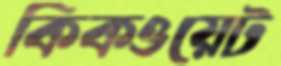
কিকওয়েট